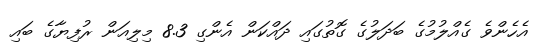
އެހެންވެ ގެއްލުމުގެ ބަދަލުގެ ގޮތުގައި ދައްކަން އެންގި 8.3 މިލިއަން ރުފިޔާގެ ބައި